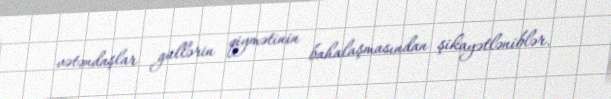
vətəndaşlar güllərin qiymətinin bahalaşmasından şikayətləniblər.